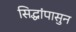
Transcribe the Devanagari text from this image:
सिद्धांपासुन